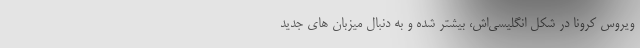
ویروس کرونا در شکل انگلیسی‌اش، بیشتر شده و به دنبال میزبان های جدید